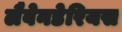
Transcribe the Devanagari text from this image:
लैवेनडेरियस